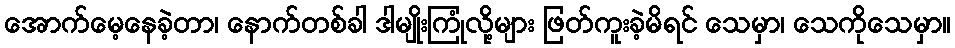
အောက်မေ့နေခဲ့တာ၊ နောက်တစ်ခါ ဒါမျိုးကြုံလို့များ ဖြတ်ကူးခဲ့မိရင် သေမှာ၊ သေကိုသေမှာ။